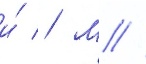
и́ // М //